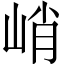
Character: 峭